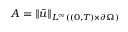
A = \left\lVert \bar { u } \right\rVert _ { L ^ { \infty } ( ( 0 , T ) \times \partial \Omega ) }